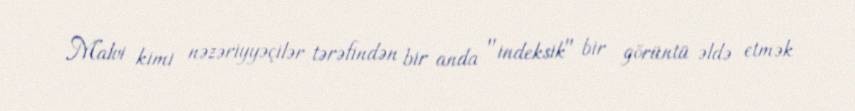
Malvi kimi nəzəriyyəçilər tərəfindən bir anda "indeksik" bir görüntü əldə etmək